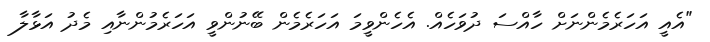
"އެއީ އަހަރެމެންނަށް ހާއްސަ ދުވަހެއް. އެހެންވީމަ އަހަރެމެން ބޭނުންވީ އަހަރެމުންނާއި މެދު އަޅާލާ